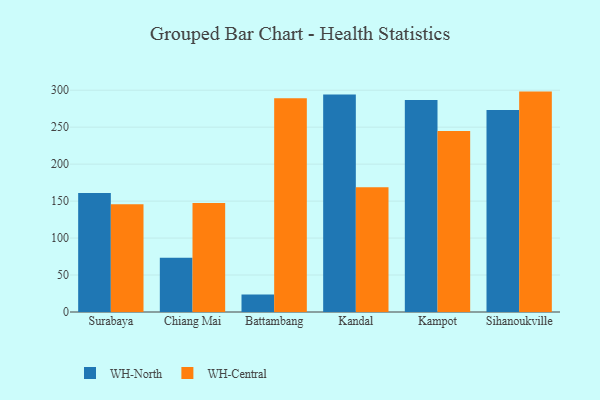
{"axis": {"x": "City", "y": "Temperature (°C)"}, "legend": ["WH-Central", "WH-North"], "data": [{"x": "Surabaya", "y": 161.1, "type": "WH-North"}, {"x": "Surabaya", "y": 145.7, "type": "WH-Central"}, {"x": "Chiang Mai", "y": 73.3, "type": "WH-North"}, {"x": "Chiang Mai", "y": 147.3, "type": "WH-Central"}, {"x": "Battambang", "y": 23.8, "type": "WH-North"}, {"x": "Battambang", "y": 289.2, "type": "WH-Central"}, {"x": "Kandal", "y": 294.3, "type": "WH-North"}, {"x": "Kandal", "y": 168.7, "type": "WH-Central"}, {"x": "Kampot", "y": 286.7, "type": "WH-North"}, {"x": "Kampot", "y": 244.9, "type": "WH-Central"}, {"x": "Sihanoukville", "y": 273.1, "type": "WH-North"}, {"x": "Sihanoukville", "y": 298.1, "type": "WH-Central"}]}